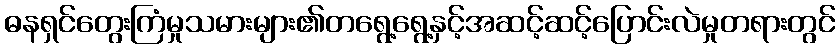
ဓနရှင်တွေးကြံမှုသမားများ၏တရွေ့ရွေ့နှင့်အဆင့်ဆင့်ပြောင်းလဲမှုတရားတွင်